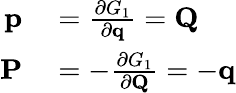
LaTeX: \begin{array}{rl}{\mathbf{p}}&{{}={\frac{\partial G_{1}}{\partial\mathbf{q}}}=\mathbf{Q}}\\ {\mathbf{P}}&{{}=-{\frac{\partial G_{1}}{\partial\mathbf{Q}}}=-\mathbf{q}}\end{array}